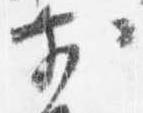
前